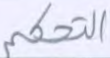
التحكم